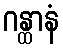
ဂန္ထာနံ